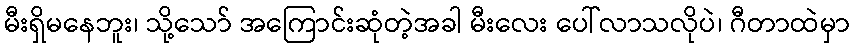
မီးရှိမနေဘူး၊ သို့သော် အကြောင်းဆုံတဲ့အခါ မီးလေး ပေါ်လာသလိုပဲ၊ ဂီတာထဲမှာ